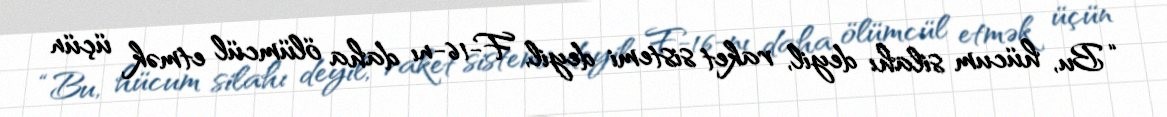
“Bu, hücum silahı deyil, raket sistemi deyil, F-16-nı daha ölümcül etmək üçün